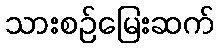
သားစဉ်မြေးဆက်